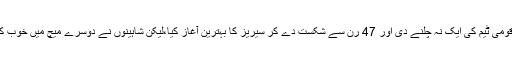
دونوں ٹیموں نے ایک ایک میچ جیت رکھا ہے، پہلے میچ میں مہمان ٹیم نے قومی ٹیم کی ایک نہ چلنے دی اور 47 رن سے شکست دے کر سیریز کا بہترین آغاز کیا،لیکن شاہینوں نے دوسرے میچ میں خوب کم بیک کیا اور کیویز سے بدلہ لیتے ہوئے 6 وکٹوں سے یکطرفہ شکست دی۔